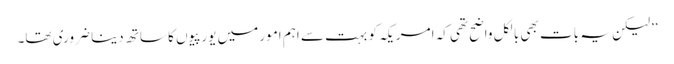
’’لیکن یہ بات بھی بالکل واضح تھی کہ امریکہ کو بہت سے اہم امور میں یورپیوں کا ساتھ دینا ضروری تھا۔